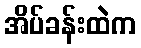
အိပ်ခန်းထဲက